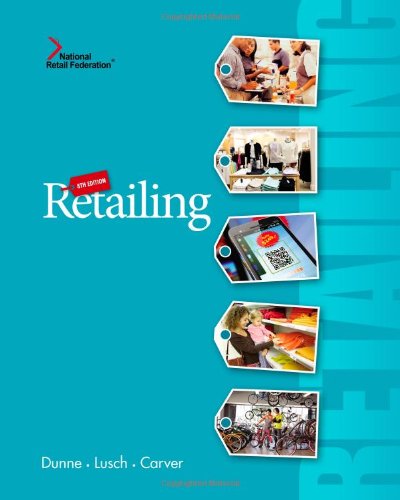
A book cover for Retailing; Patrick M. Dunne; Business & Money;